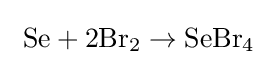
{\rm {\ Se+2Br_{2}\rightarrow SeBr_{4}}}